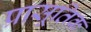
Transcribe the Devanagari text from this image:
प्रासूतिक